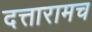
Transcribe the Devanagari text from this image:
दत्तारामच